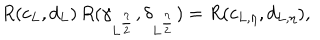
LaTeX: R ( c _ { L } , d _ { L } ) \, R ( \gamma _ { L ^ { \frac { \eta } { 2 } } } , \delta _ { L ^ { \frac { \eta } { 2 } } } ) = R ( c _ { L , \eta } , d _ { L , \eta } ) ,